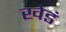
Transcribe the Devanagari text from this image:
खेडं